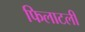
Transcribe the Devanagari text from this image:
फिलाटली